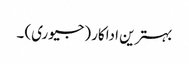
بہترین اداکار (جیوری) ۔